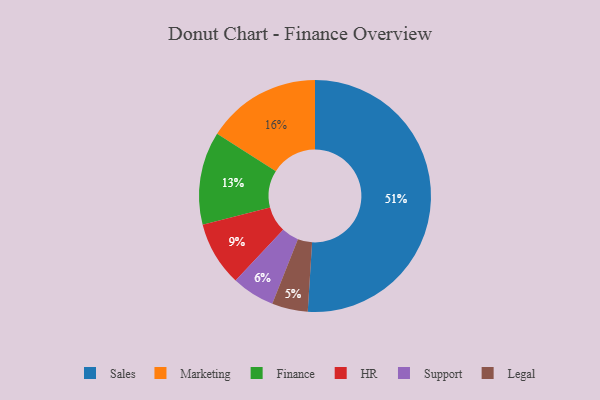
{"axis": {"x": "Category", "y": "Percentage"}, "legend": ["Finance", "HR", "Legal", "Marketing", "Sales", "Support"], "data": [{"x": "Finance", "y": 13, "type": "Finance"}, {"x": "HR", "y": 9, "type": "HR"}, {"x": "Legal", "y": 5, "type": "Legal"}, {"x": "Marketing", "y": 16, "type": "Marketing"}, {"x": "Support", "y": 6, "type": "Support"}, {"x": "Sales", "y": 51, "type": "Sales"}]}